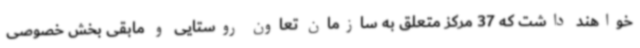
خواهند داشت که 37 مرکز متعلق به سازمان تعاون روستایی و مابقی بخش خصوصی